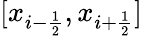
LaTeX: [x_{i-\frac{1}{2}},x_{i+\frac{1}{2}}]